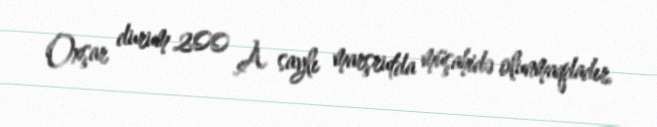
Oxşar durum 200 A saylı marşrutda müşahidə olunmaqdadır.